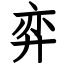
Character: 弈